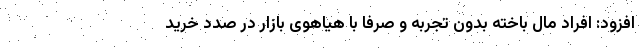
افزود: افراد مال باخته بدون تجربه و صرفا با هیاهوی بازار در صدد خرید